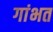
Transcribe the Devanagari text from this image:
गांभत